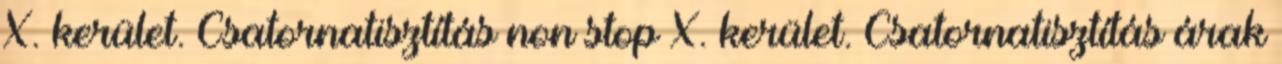
X. kerület. Csatornatisztítás non stop X. kerület. Csatornatisztítás árak